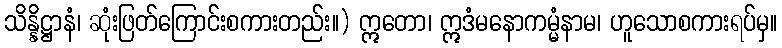
သိန္နိဋ္ဌာနံ၊ ဆုံးဖြတ်ကြောင်းစကားတည်း။) ဣတော၊ ဣဒံမနောကမ္မံနာမ၊ ဟူသောစကားရပ်မှ။